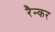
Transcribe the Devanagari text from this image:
रैन्कर